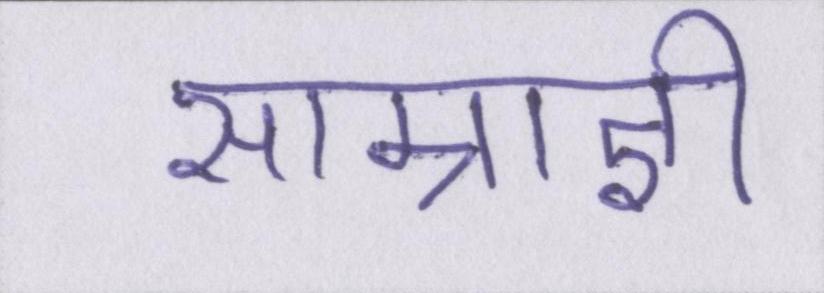
साम्राज्ञी